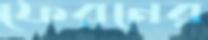
ফেরনের